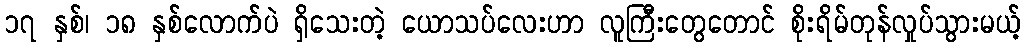
၁၇ နှစ်၊ ၁၈ နှစ်လောက်ပဲ ရှိသေးတဲ့ ယောသပ်လေးဟာ လူကြီးတွေတောင် စိုးရိမ်တုန်လှုပ်သွားမယ့်